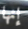
إنها